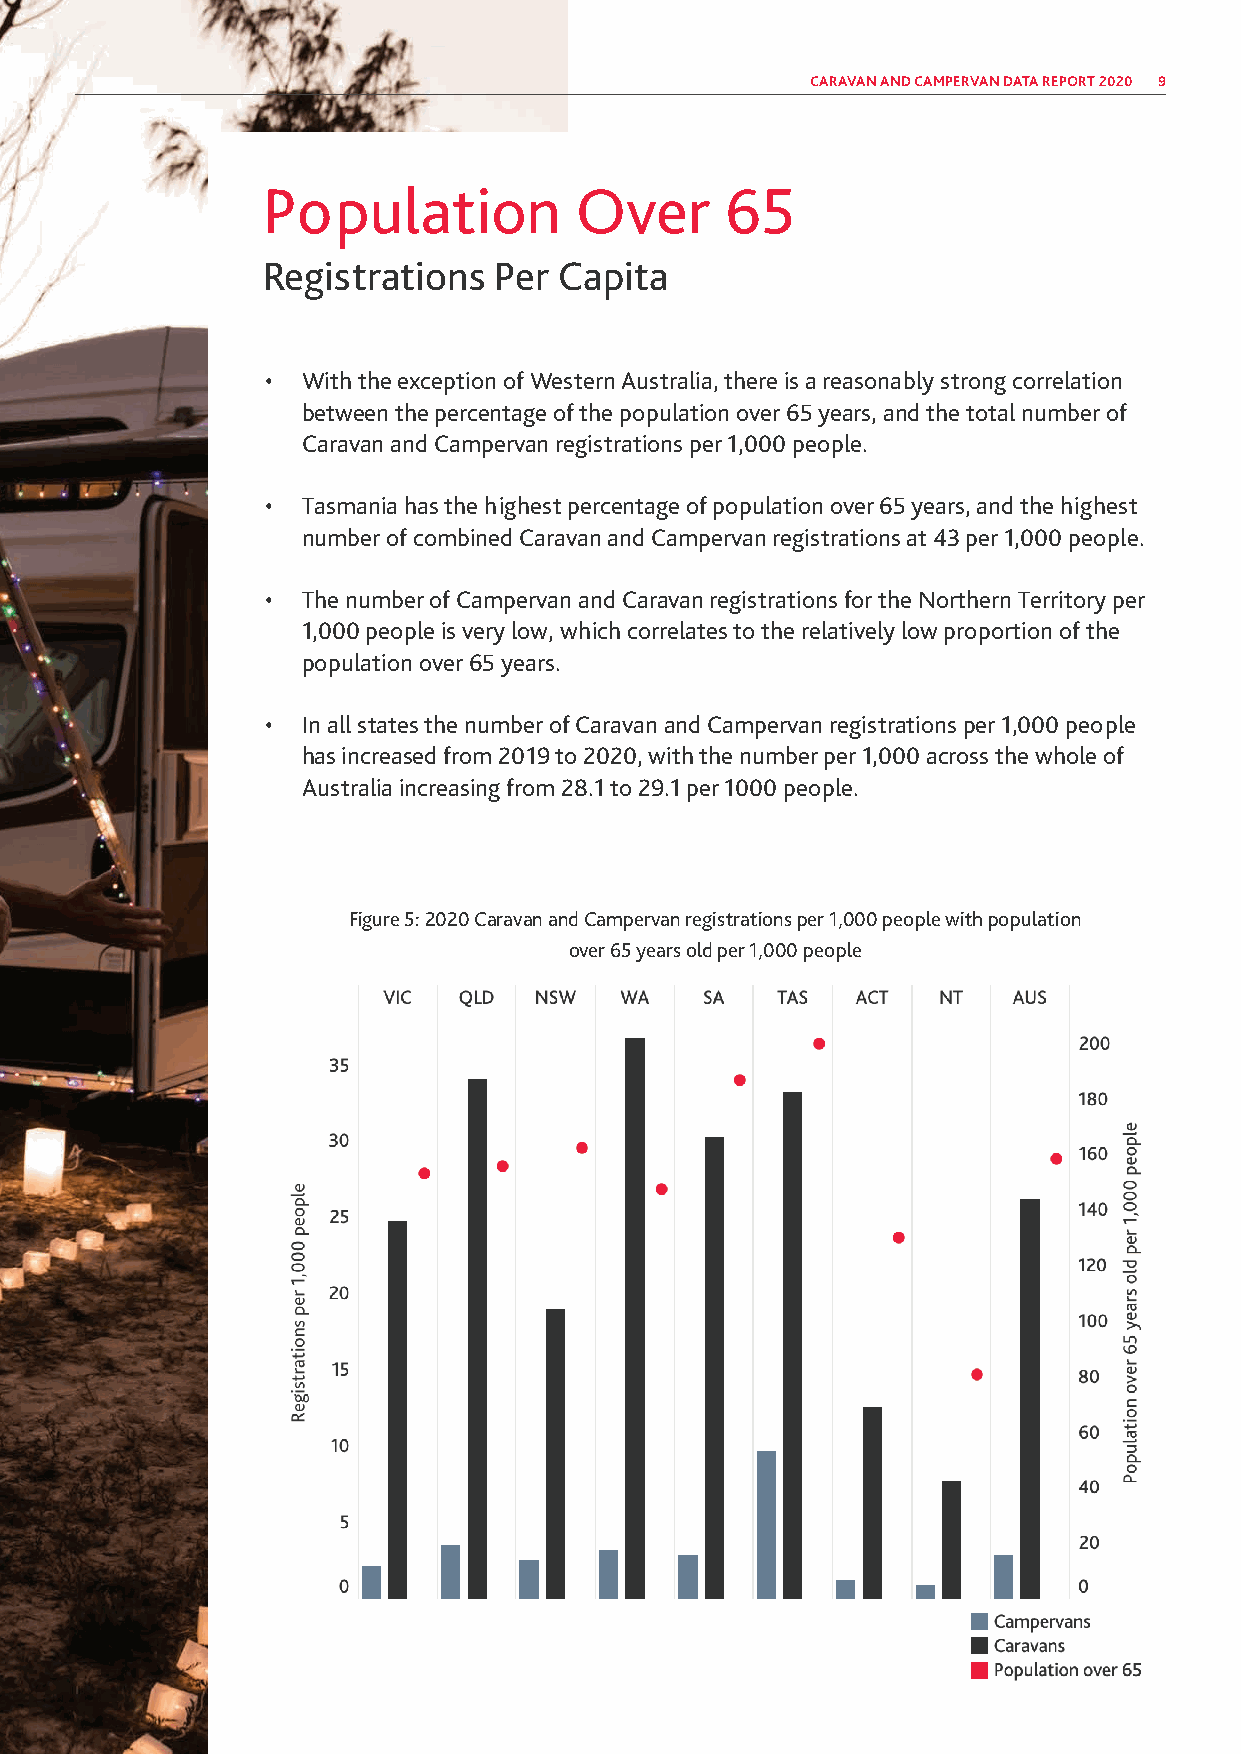
CARAVAN AND CAMPERVAN DATA REPORT 2020 9
 Population           Over      65
 Registrations   Per Capita
 • With the exception of Western Australia, there is a reasonably strong correlation
 between the percentage of the population over 65 years, and the total number of
 Caravan and Campervan registrations per 1,000 people.
 • Tasmania has the highest percentage of population over 65 years, and the highest
 number of combined Caravan and Campervan registrations at 43 per 1,000 people.
 • The number of Campervan and Caravan registrations for the Northern Territory per
 1,000 people is very low, which correlates to the relatively low proportion of the
 population over 65 years.
 • In all states the number of Caravan and Campervan registrations per 1,000 people
 has increased from 2019 to 2020, with the number per 1,000 across the whole of
 Australia increasing from 28.1 to 29.1 per 1000 people.
 Figure 5: 2020 Caravan and Campervan registrations per 1,000 people with population
 over 65 years old per 1,000 people